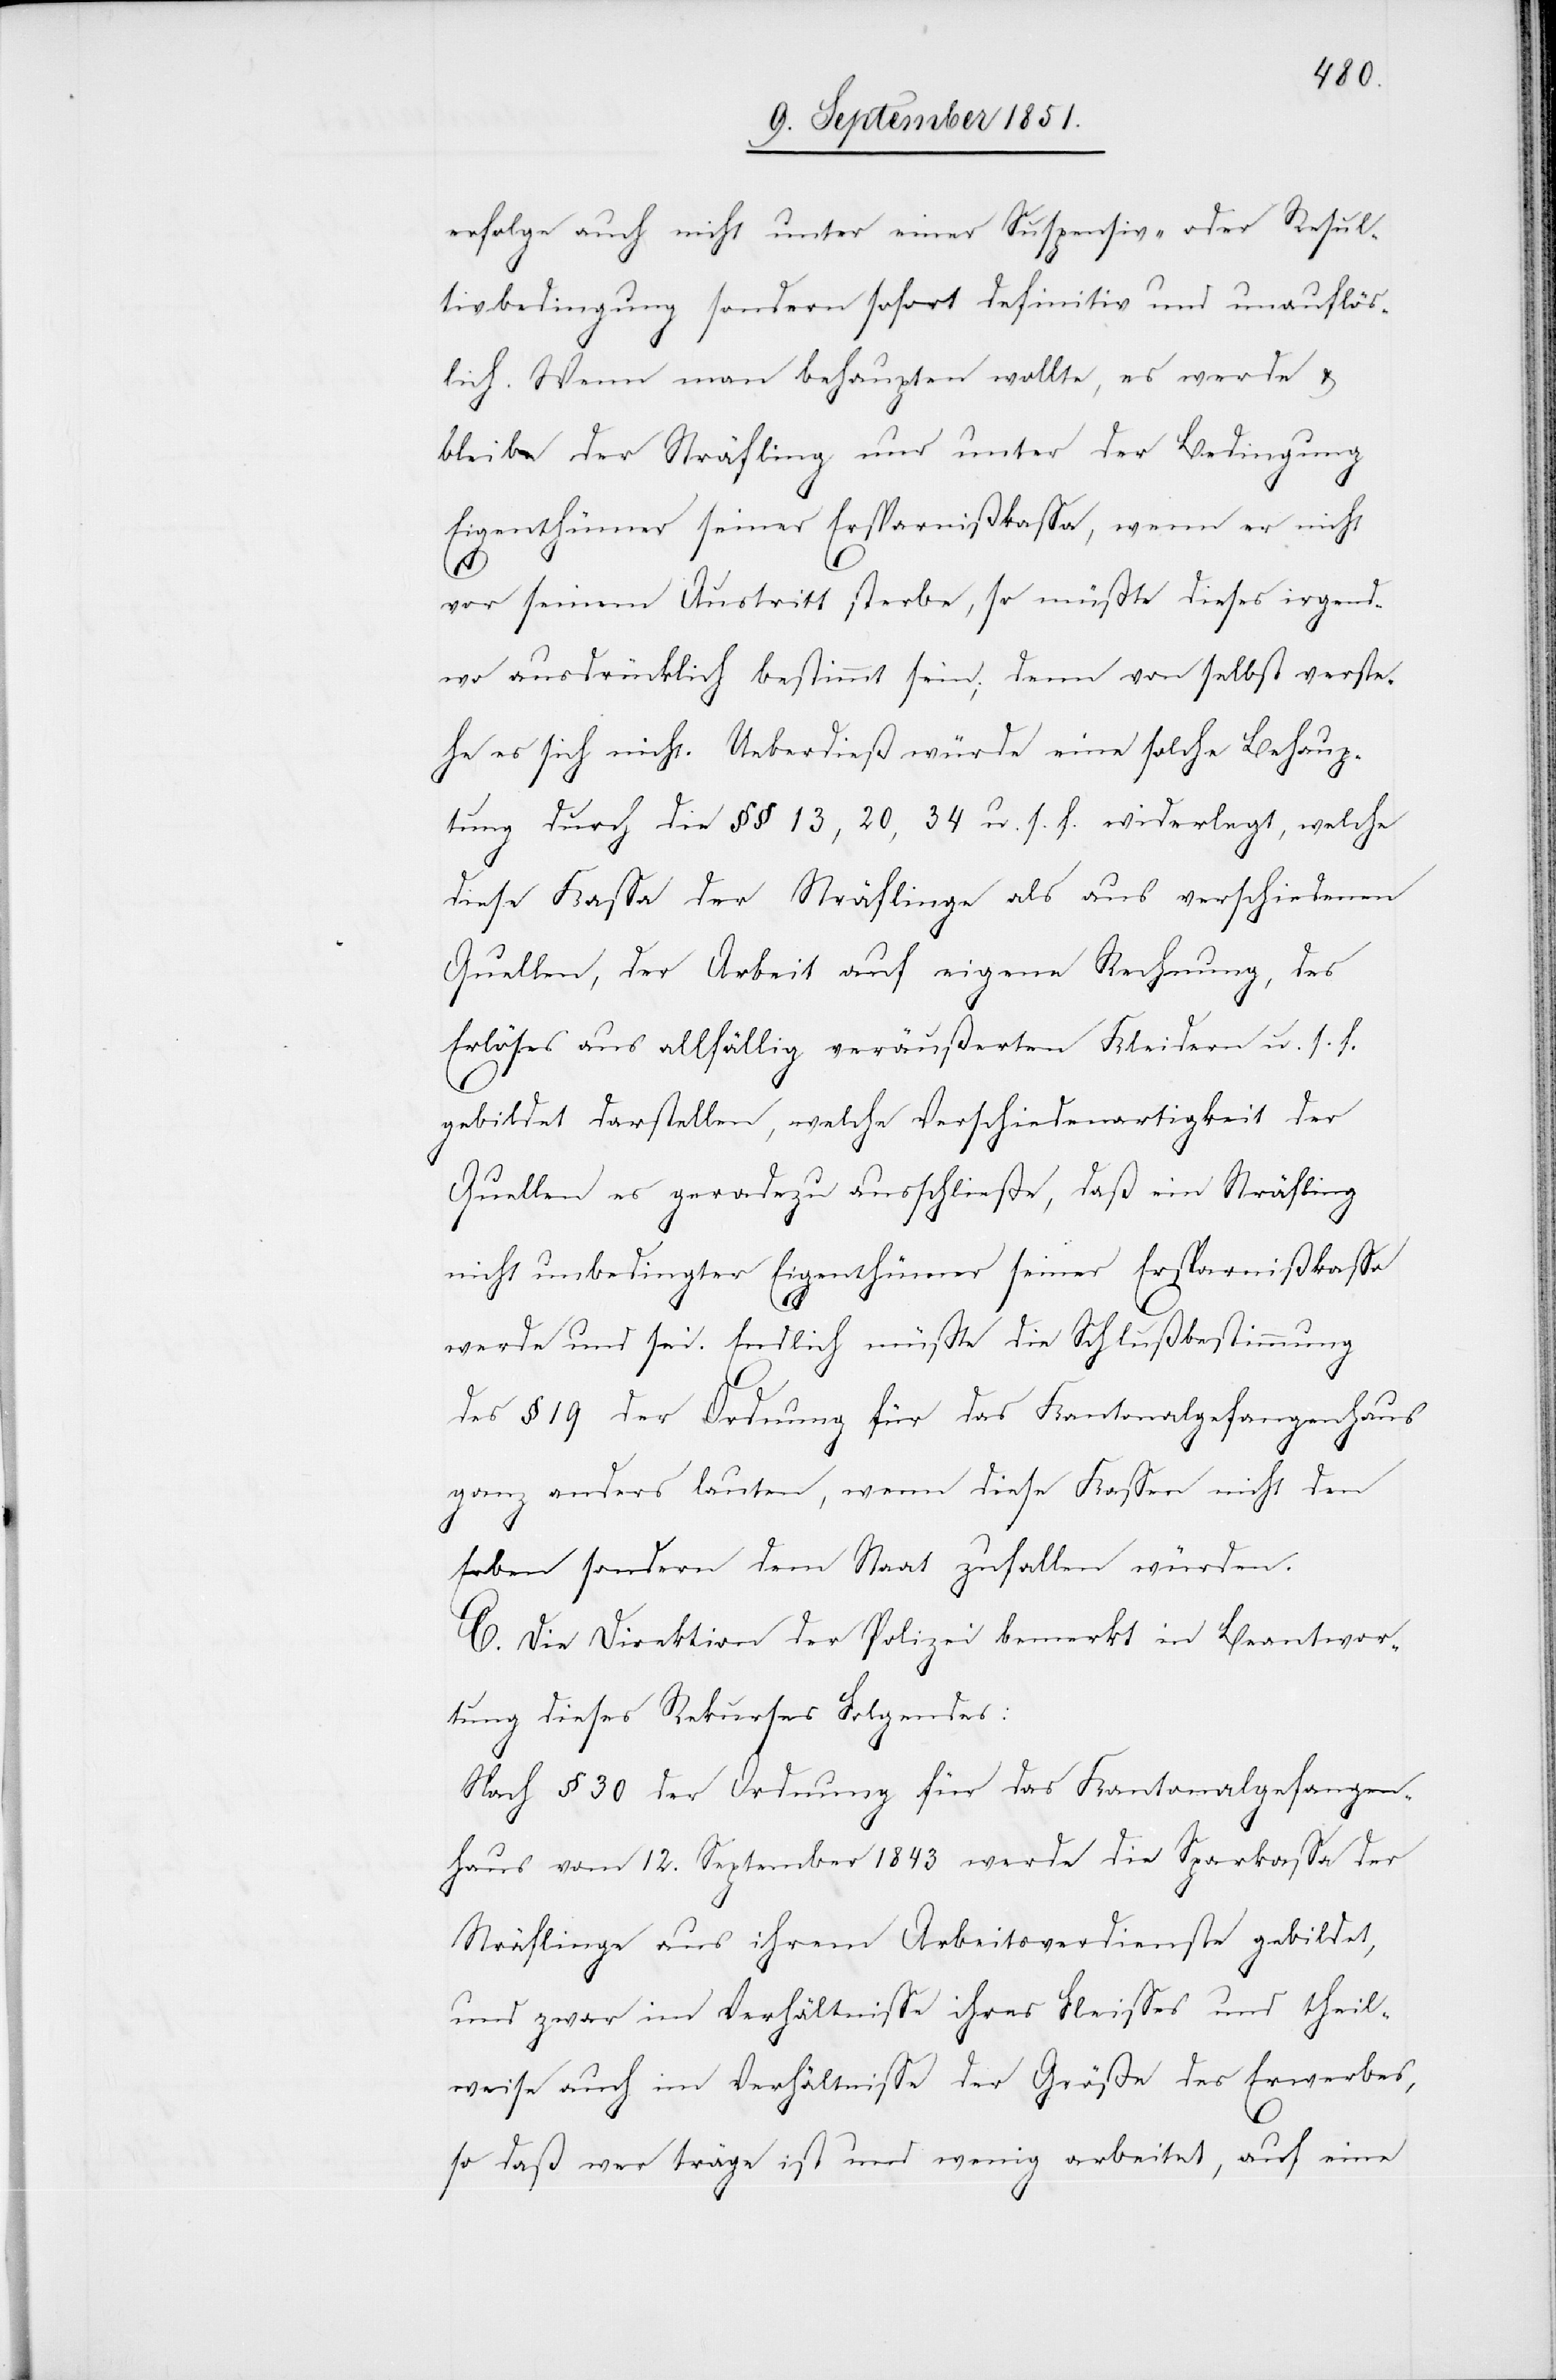
erfolge auch nicht unter einer Suspensiv- oder Resul¬
tivbedingung sondern sofort definitiv und unauflös¬
lich. Wenn man behaupten wollte, es werde &
bleibe der Sträfling nur unter der Bedingung
Eigenthümer seiner Ersparnißkassa, wenn er nicht
vor seinem Austritt sterbe, so müßte dieses irgend¬
wo ausdrücklich bestimmt sein; denn von selbst verste¬
he es sich nicht. Ueberdieß würde eine solche Behaup¬
tung durch die §§ 13, 20, 34 u. s. f. widerlegt, welche
diese Kassa der Sträflinge als aus verschiedenen
Quellen, der Arbeit auf eigene Rechnung, des
Erlöses aus allfällig veräußerten Kleidern u. s. f.
gebildet darstellen, welche Verschiedenartigkeit der
Quellen es geradezu ausschließe, daß ein Sträfling
nicht unbedingter Eigenthümer seiner Ersparnißkassa
werde und sei. Endlich müßte die Schlußbestimmung
des § 19 der Ordnung für das Kantonalgefangenhaus
ganz anders lauten, wenn diese Kassen nicht den
Erben sondern dem Staat zufallen würden.
C. Die Direktion der Polizei bemerkt in Beantwor¬
tung dieses Rekurses Folgendes:
Nach § 30 der Ordnung für das Kantonalgefangen¬
haus vom 12. September 1843 werde die Sparkassa der
Sträflinge aus ihrem Arbeitsverdienste gebildet,
und zwar im Verhältnisse ihres Fleisses und theil¬
weise auch im Verhältnisse der Größe des Erwerbes,
so daß wer träge ist und wenig arbeitet, auf eine